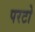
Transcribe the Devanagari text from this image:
परटो